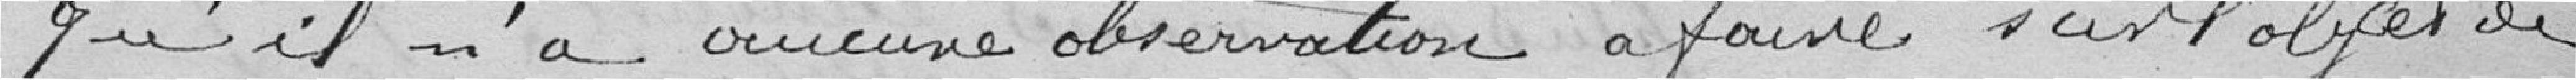
qu'il n'y a aucune observation à faire sur l'objet de